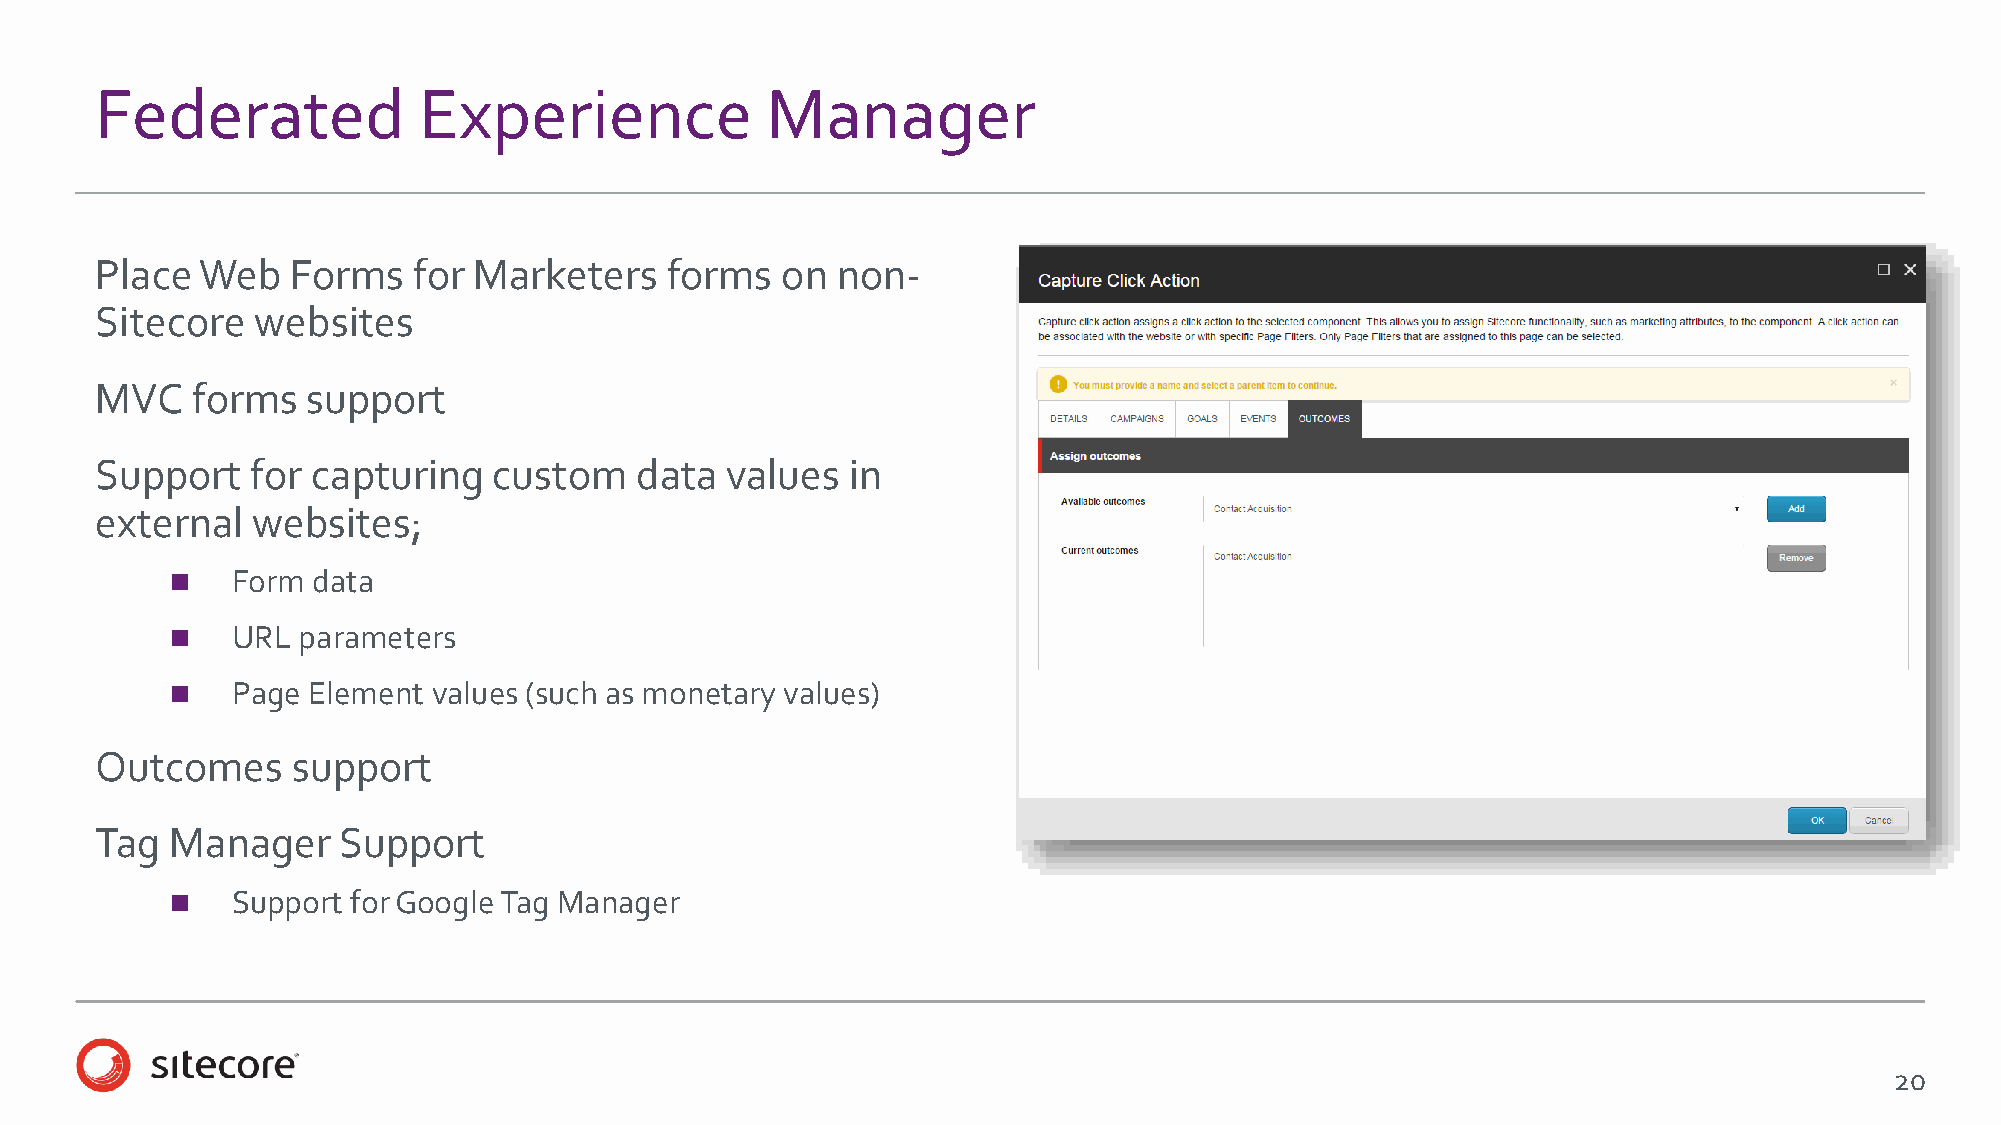
Federated             Experience             Manager
 Place  Web   Forms   for Marketers    forms   on non-
 Sitecore   websites
 MVC    forms  support
 Support    for capturing   custom   data  values  in
 external   websites;
    Form  data
    URL  parameters
    Page Element  values (such as monetary values)
 Outcomes     support
 Tag  Manager    Support
    Support for Google Tag Manager
 20